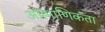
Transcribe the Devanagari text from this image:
अप्रमाणिकता